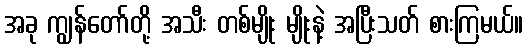
အခု ကျွန်တော်တို့ အသီး တစ်မျိုး မျိုးနဲ့ အပြီးသတ် စားကြမယ်။